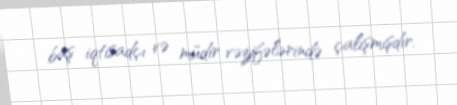
baş iqtisadçı və müdir vəzifələrində çalışmışdır.